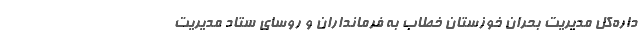
داره‌کل مدیریت بحران خوزستان خطاب به فرمانداران و روسای ستاد مدیریت